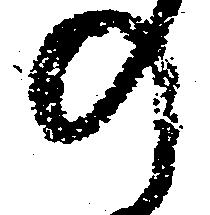
の